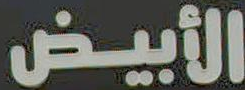
الأبيض